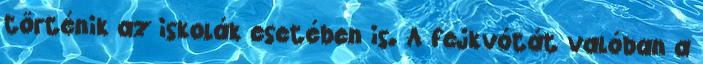
történik az iskolák esetében is. A fejkvótát valóban a